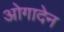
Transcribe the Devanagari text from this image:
ओगादेन